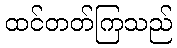
ထင်တတ်ကြသည်